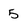
Character: 5